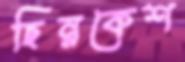
ছিন্নকেশ